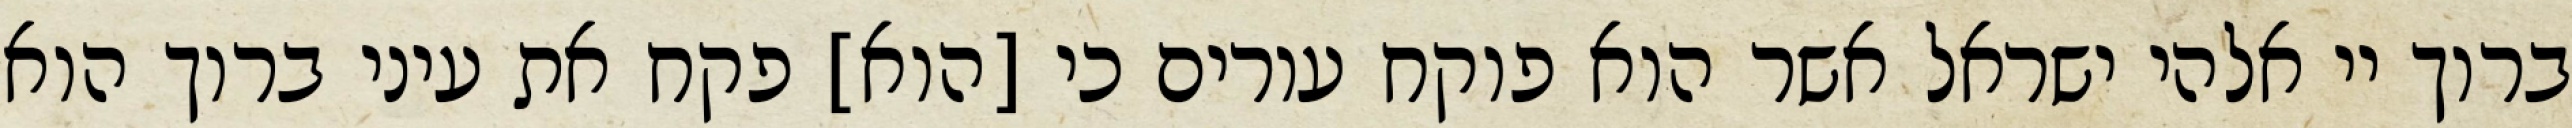
ברוך יי אלהי ישראל אשר הוא פוקח עורים כי [הוא] פקח את עיני ברוך הוא